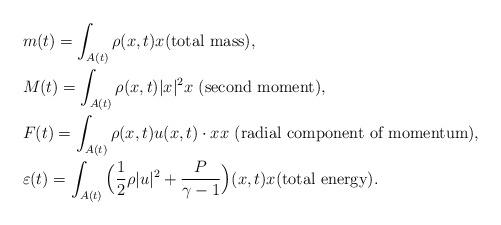
LaTeX: \begin{align*}&m(t)=\int_{A(t)}\rho(x,t)x \textrm{(total mass)},\\&M(t)=\int_{A(t)} \rho(x,t)|x|^{2}x \textrm{ (second moment)},\\&F(t)=\int_{A(t)} \rho(x,t)u(x,t)\cdot x x \textrm{ (radial component of momentum)},\\&\varepsilon(t)=\int_{A(t)} \Big(\frac{1}{2}\rho |u|^2+\frac{P}{\gamma-1}\Big)(x,t) x \textrm{(total energy)}.\end{align*}